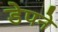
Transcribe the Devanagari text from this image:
डेपने